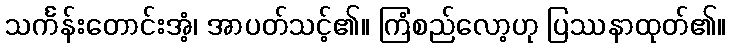
သင်္ကန်းတောင်းအံ့၊ အာပတ်သင့်၏။ ကြံစည်လော့ဟု ပြဿနာထုတ်၏။